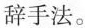
辞手法。